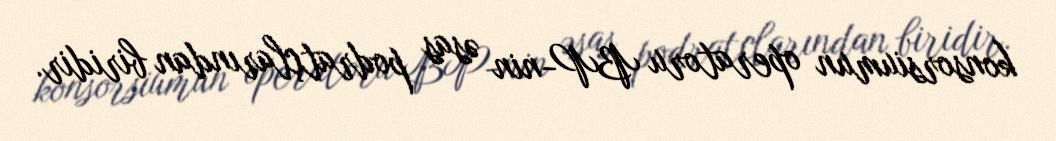
konsorsiumun operatoru BP-nin əsas podratçlarından biridir.